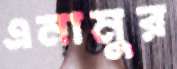
এনামুর